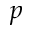
p